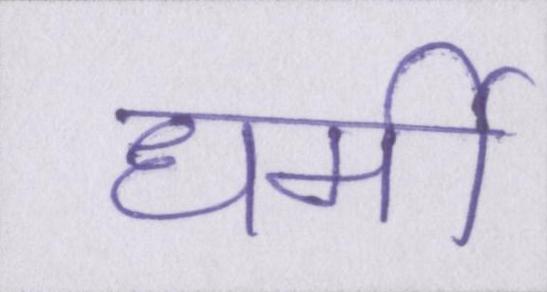
धर्मी